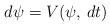
LaTeX: \begin{align*}d \psi = V(\psi,\, dt)\end{align*}